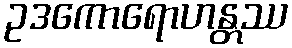
ဥဒကောရောဟန္တဿ